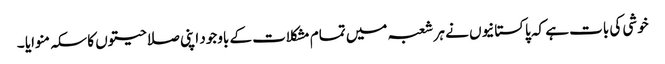
خوشی کی بات ہے کہ پاکستانیوں نے ہر شعبہ میں تمام مشکلات کے باوجود اپنی صلاحیتوں کا سکہ منوایا ۔